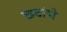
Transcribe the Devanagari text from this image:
छ्टांचे